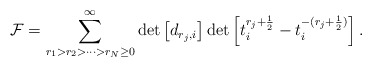
\begin{align*}{\cal F} = \sum_{r_{1}>r_{2}>\cdots>r_{N} \geq 0}^{\infty}\det\left[d_{r_{j},i}\right]\det\left[t_{i}^{r_{j}+\frac{1}{2}}-t_{i}^{-(r_{j}+\frac{1}{2})}\right].\end{align*}